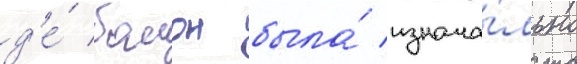
д'е́ бомон была́ изнача́льно